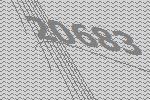
20683